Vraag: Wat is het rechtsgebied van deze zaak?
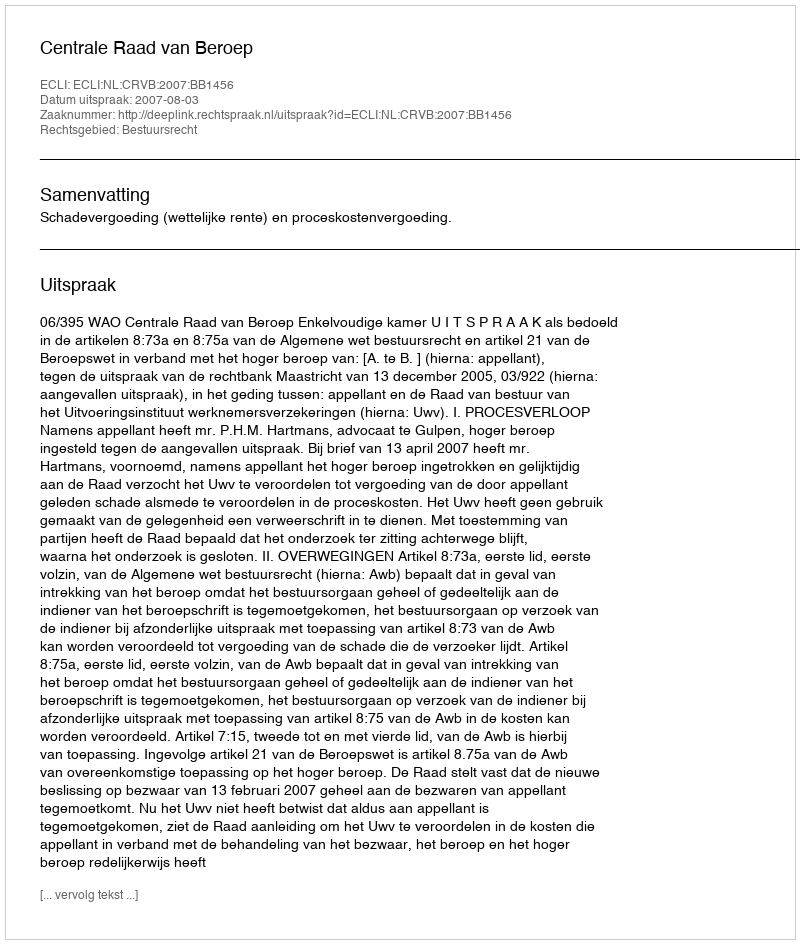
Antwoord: Bestuursrecht